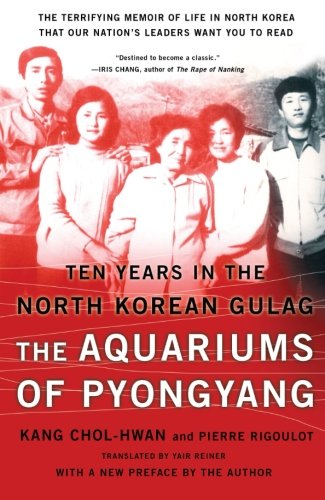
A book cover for The Aquariums of Pyongyang: Ten Years in the North Korean Gulag; Chol-hwan Kang; Biographies & Memoirs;